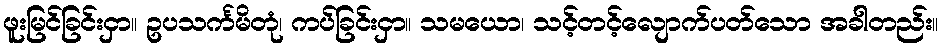
ဖူးမြင်ခြင်းငှာ။ ဥပသင်္ကမိတုံ၊ ကပ်ခြင်းငှာ။ သမယော၊ သင့်တင့်လျောက်ပတ်သော အခါတည်း။